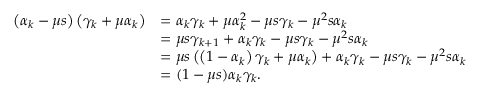
\begin{array} { r l } { \left( \alpha _ { k } - \mu s \right) \left( \gamma _ { k } + \mu \alpha _ { k } \right) } & { = \alpha _ { k } \gamma _ { k } + \mu \alpha _ { k } ^ { 2 } - \mu s \gamma _ { k } - \mu ^ { 2 } s \alpha _ { k } } \\ & { = \mu s \gamma _ { k + 1 } + \alpha _ { k } \gamma _ { k } - \mu s \gamma _ { k } - \mu ^ { 2 } s \alpha _ { k } } \\ & { = \mu s \left( \left( 1 - \alpha _ { k } \right) \gamma _ { k } + \mu \alpha _ { k } \right) + \alpha _ { k } \gamma _ { k } - \mu s \gamma _ { k } - \mu ^ { 2 } s \alpha _ { k } } \\ & { = ( 1 - \mu s ) \alpha _ { k } \gamma _ { k } . } \end{array}